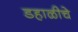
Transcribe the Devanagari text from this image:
डहाळीचे